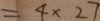
= 4 \times 2 7